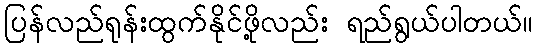
ပြန်လည်ရုန်းထွက်နိုင်ဖို့လည်း ရည်ရွယ်ပါတယ်။